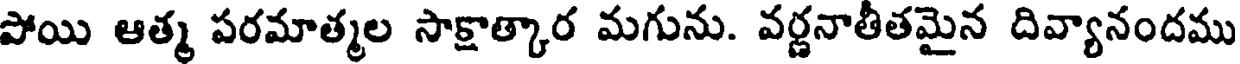
పోయి ఆత్మ పరమాత్మల సాక్షాత్కార మగును. వర్ణనాతీతమైన దివ్యానందము